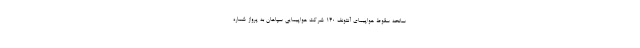
سانحه سقوط هواپیمای آنتونف ۱۴۰ شرکت هواپیمایی سپاهان به پرواز شماره